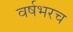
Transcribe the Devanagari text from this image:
वर्षभरच